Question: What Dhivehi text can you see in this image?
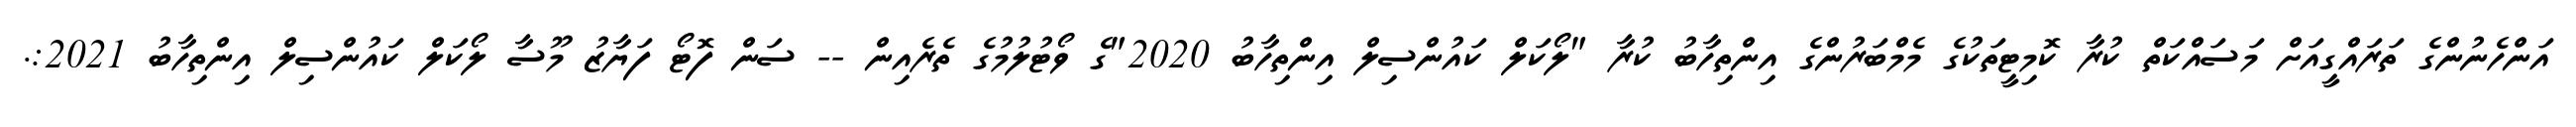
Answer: އަންހެނުންގެ ތަރައްގީއަށް މަސައްކަތް ކުރާ ކޮމިޓީތަކުގެ މެމްބަރުންގެ އިންތިހާބު ކުރާ "ލޯކަލް ކައުންސިލް އިންތިހާބު 2020"ގެ ވޯޓުލުމުގެ ތެރެއިން -- ސަން ފޮޓޯ ފަޔާޒު މޫސާ ލޯކަލް ކައުންސިލް އިންތިހާބު 2021:.